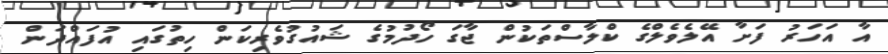
އާ އަހަރު ފަށާ އޭލެވެލްގެ ކްލާސްތަކުން ޖާގަ ހޯދުމުގެ ޝައުގުވެރިކަން ހިތުގައި އުފައްދަން